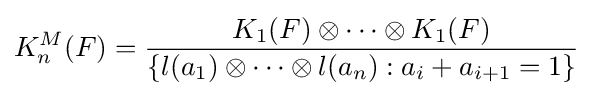
K_{n}^{M}(F)={\frac {K_{1}(F)\otimes \cdots \otimes K_{1}(F)}{\{l(a_{1})\otimes \cdots \otimes l(a_{n}):a_{i}+a_{i+1}=1\}}}